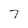
Character: 7